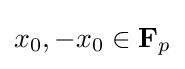
x_{0},-x_{0}\in \mathbf {F} _{p}